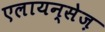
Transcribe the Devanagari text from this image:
एलायन्सेज़